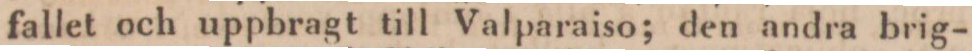
fallet och uppbragt till Valparaiso; den andra brig-